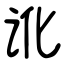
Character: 讹